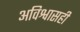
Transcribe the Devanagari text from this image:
अविश्वासही